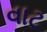
વાટ